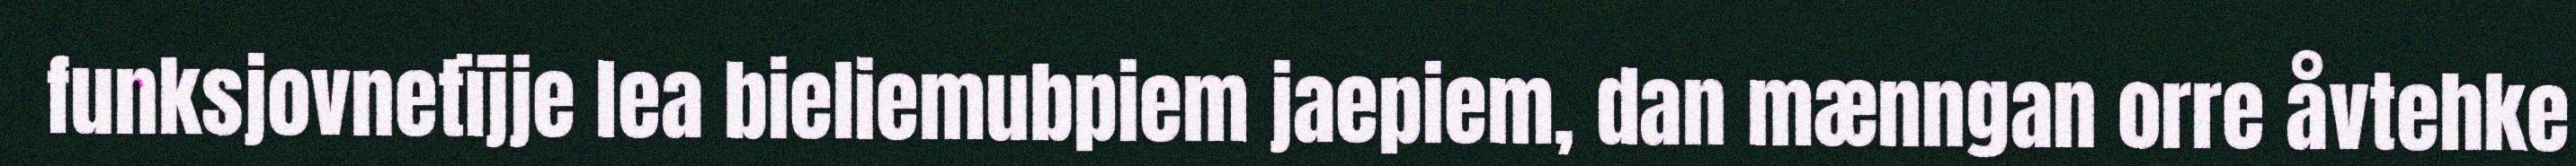
funksjovnetïjje lea bieliemubpiem jaepiem, dan mænngan orre åvtehke